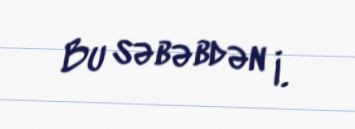
Bu səbəbdən İ.